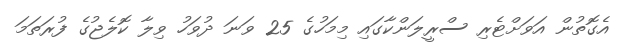
އެގޮތުން އަވަށްޓެރި ސްރީލަންކާގައި މިމަހުގެ 25 ވަނަ ދުވަހު ވިލާ ކޮލެޖުގެ ފުރަތަމަ